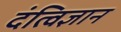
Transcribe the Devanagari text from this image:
दंत्विज्ञान